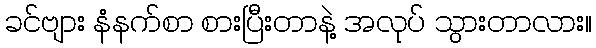
ခင်ဗျား နံနက်စာ စားပြီးတာနဲ့ အလုပ် သွားတာလား။